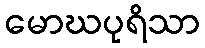
မောဃပုရိသာ